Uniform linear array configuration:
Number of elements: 32
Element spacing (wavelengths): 1
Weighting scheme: cosine
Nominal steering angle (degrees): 15
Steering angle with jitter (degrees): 13.371
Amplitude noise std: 0.05
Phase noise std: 0.05

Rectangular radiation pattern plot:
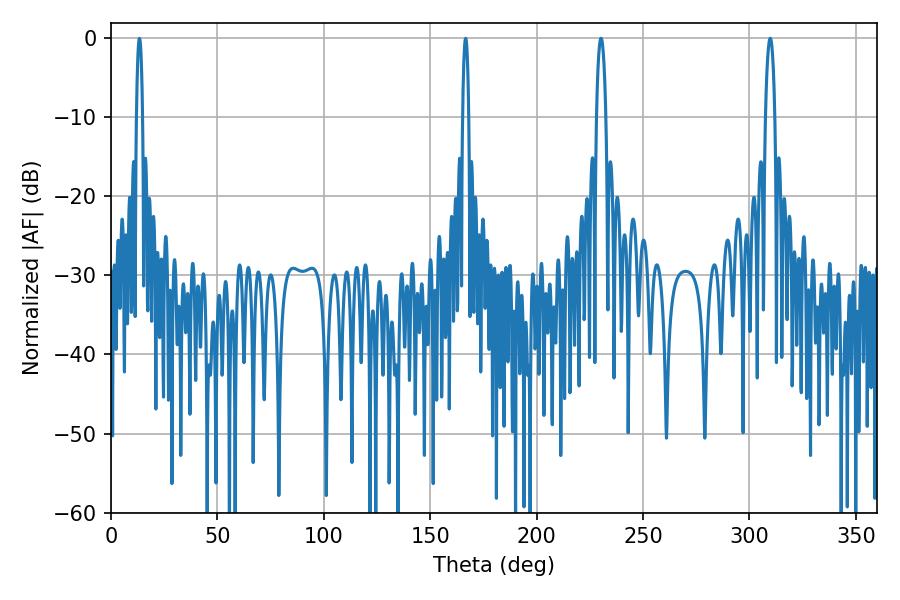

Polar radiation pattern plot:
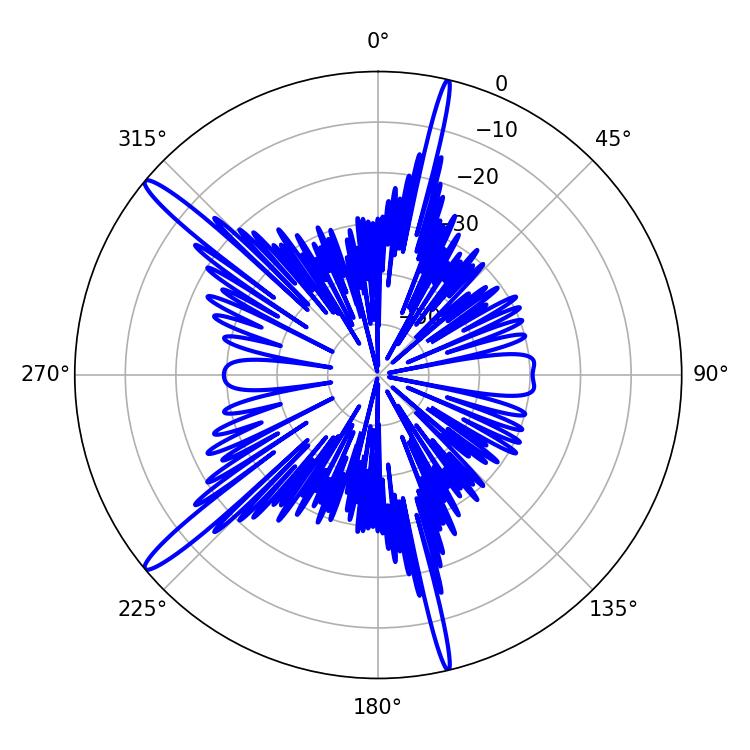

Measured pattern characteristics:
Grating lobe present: TRUE
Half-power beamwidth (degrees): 2.52
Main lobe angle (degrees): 230.22